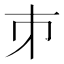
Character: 𪩲